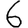
Digit: 6